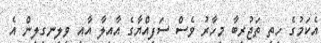
އެކަމުގެ ހިތި ތަޖުރިބާ މިހާރު ވެސް ސަފިއްޔާގެ އާއިލާ އާއި ވިލިނގިލިން އެ